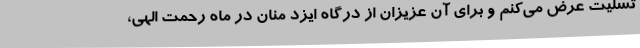
تسلیت عرض می‌کنم و برای آن عزیزان از درگاه ایزد منان در ماه رحمت الهی،